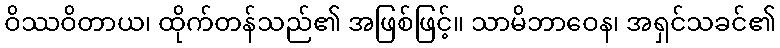
ဝိဿဝိတာယ၊ ထိုက်တန်သည်၏ အဖြစ်ဖြင့်။ သာမိဘာဝေန၊ အရှင်သခင်၏